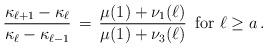
LaTeX: \begin{align*} \frac{\kappa_{\ell +1} - \kappa_\ell}{\kappa_\ell - \kappa_{\ell - 1}} \, = \, \frac{\mu(1) + \nu_1(\ell)}{\mu(1) + \nu_3(\ell)} \, \, \, \textrm{for $\ell \geq a$} \, .\end{align*}